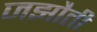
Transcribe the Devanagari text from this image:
जझौती